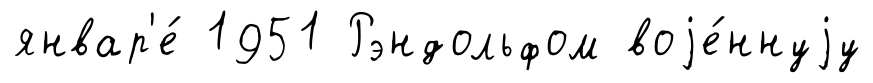
январ'е́ 1951 Рэндольфом воjе́ннуjу